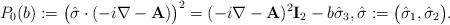
LaTeX: \begin{align*}P_0(b) := \big( \hat \sigma \cdot (-i\nabla - {\bf A}) \big)^2 = (-i\nabla - {\bf A})^2 {\bf I}_2 - b \hat \sigma_3, \hat \sigma := \big( \hat \sigma_1,\hat \sigma_2 \big).\end{align*}